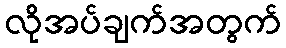
လိုအပ်ချက်အတွက်